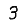
Digit: 3